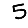
Digit: 5